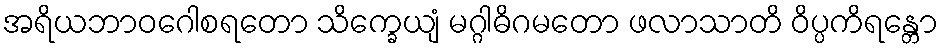
အရိယဘာဝဂေါစရတော သိက္ခေယျံ မဂ္ဂါဓိဂမတော ဖလာသာတိ ဝိပ္ပကိရန္တော